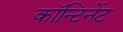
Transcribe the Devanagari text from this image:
कॉन्टिनेंट